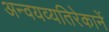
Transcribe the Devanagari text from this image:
अन्वयव्यतिरेकानें